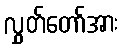
လွှတ်တော်အား